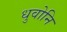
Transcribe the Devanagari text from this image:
धुवोनि